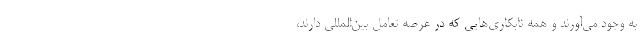
به وجود می‌آورند و همه نابکاری‌هایی که در عرصه تعامل بین‌المللی دارند،